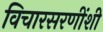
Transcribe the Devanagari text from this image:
विचारसरणींशी